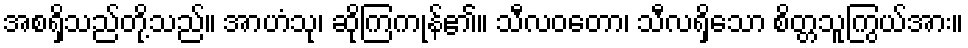
အစရှိသည်တို့သည်။ အာဟံသု၊ ဆိုကြကုန်၏။ သီလဝတော၊ သီလရှိသော စိတ္တသူကြွယ်အား။